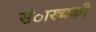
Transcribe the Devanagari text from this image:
संाख्यकी